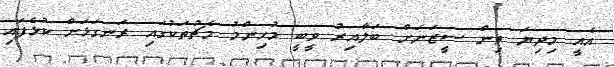
އެއީ މިދިޔަ ތިން ސީޒަނަށް ބަލާއިރު ވީބީ މުހިންމު މެޗުތަކުގައި ރަނގަޅަށް ކުޅެފައި